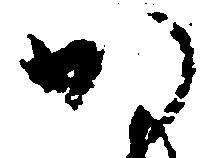
か